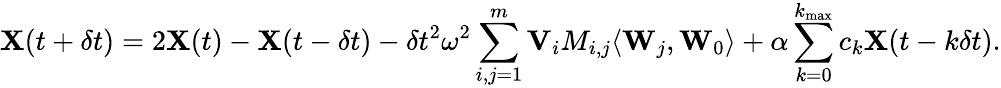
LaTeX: {\displaystyle{\mathbf X}(t+\delta t)=2{\mathbf X}(t)-{\mathbf X}(t-\delta t)-\delta t^{2}\omega^{2}\sum_{i,j=1}^{m}{\mathbf V}_{i}M_{i,j}\langle{\mathbf W}_{j},{\mathbf W}_{0}\rangle+\alpha\sum_{k=0}^{k_{\mathrm{max}}}c_{k}{\mathbf X}(t-k\delta t)}.